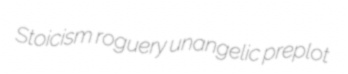
Stoicism roguery unangelic preplot